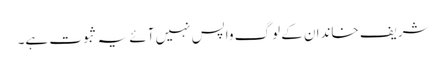
شریف خاندان کے لوگ واپس نہیں آئے یہ ثبوت ہے۔